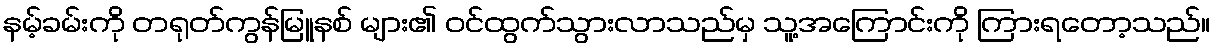
နမ့်ခမ်းကို တရုတ်ကွန်မြူနစ် များ၏ ဝင်ထွက်သွားလာသည်မှ သူ့အကြောင်းကို ကြားရတော့သည်။